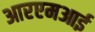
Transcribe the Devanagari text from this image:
आरएमआई